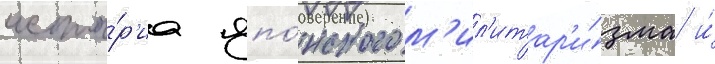
исто́р'иа япо́нского м'ил'итар'и́зма и́